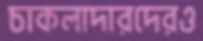
চাকলাদারদেরও